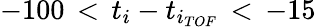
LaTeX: -100\, <\, t_{i}-t_{i_{TOF}}\, <\, -15